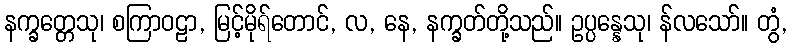
နက္ခတ္တေသု၊ စကြာဝဠာ, မြင့်မိုရ်တောင်, လ, နေ, နက္ခတ်တို့သည်။ ဥပ္ပန္နေသု၊ န်လသော်။ တွံ,